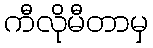
ကီလိုမီတာမှ